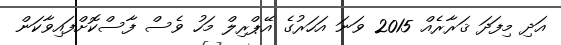
އަދި މިފަދަ ޤަރާރެއް 2015 ވަނަ އަހަރުގެ އޭޕްރިލް މަހު ވެސް ފާސްކޮށްފައިވާކަން